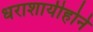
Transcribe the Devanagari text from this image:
धराशायीहोने